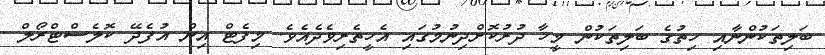
ބަލިތަކުންނާއި ހިތުގެ ބަލިތަކުން މީހާ ދުރުކޮށްދިނުމުގައި އެހީތެރިވެދެއެވެ. މިފެޓް އިން އުފެދޭ ކޮލެސްޓްރޯލް